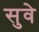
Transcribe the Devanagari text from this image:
सुवे